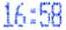
16:58